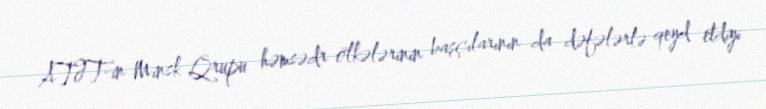
ATƏT-in Minsk Qrupu həmsədr ölkələrinin başçılarının da dəfələrlə qeyd etdiyi